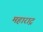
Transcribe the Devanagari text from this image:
महाराट्र